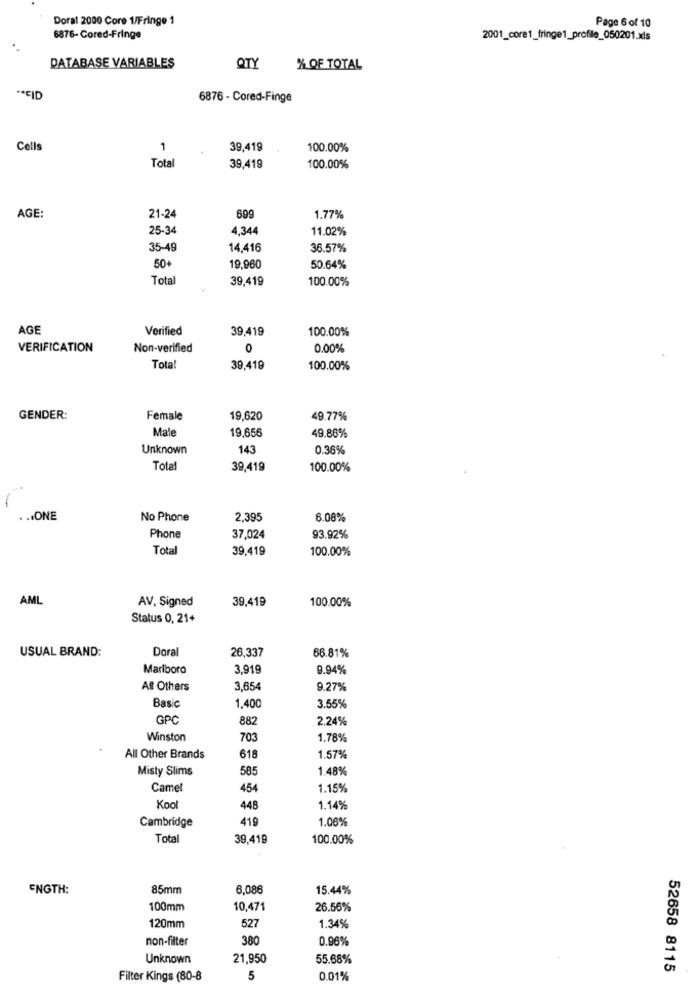
Doral 2000 Core 1/Fringe 1
Page 6 of 10
6876- Cored-Fringe
2001_core1_fringe1_profile_050201.xls
DATABASE VARIABLES
QTY
% OF TOTAL
** CID
6876 - Cored-Finge
Cells
1
39.419
100.00%
Total
39,419
100.00%
AGE:
21-24
699
1.77%
25-34
4,344
11.02%
35-49
14,416
36.57%
50+
19,960
50.64%
Total
39,419
100.00%
AGE
Verified
39,419
100.00%
VERIFICATION
Non-verified
0
0.00%
Total
39.419
100.00%
GENDER:
Female
19,620
49.77%
Male
19,656
49.86%
Unknown
143
0.36%
Total
39,419
100.00%
. .. ONE
No Phone
2,395
6.08%
Phone
37,024
93.92%
Total
39,419
100.00%
AML
AV. Signed
39,419
100.00%
Status 0, 21+
USUAL BRAND:
Doral
26,337
66.81%
Marlboro
3,919
9.94%
Aff Others
3,654
9.27%
Basic
1,400
3.55%
GPC
88
2.24%
Winston
703
1.78%
All Other Brands
618
1.57%
Misty Slims
585
1.48%
Camel
454
1.15%
Kool
448
1.14%
Cambridge
419
1.06%
Total
39,419
100.00%
ENGTH:
85mm
6,086
15.44%
100mm
10,471
26.56%
527
120mm
1.34%
non-filter
380
0.96%
Unknown
21,950
55.68%
52658 8115
Filter Kings (80-8
5
0.01%